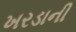
ખરડાની